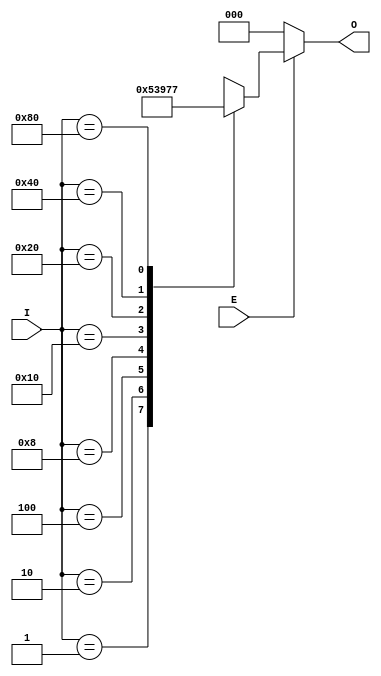
module OctalToBinaryEncoder (
    input wire [7:0] I,  // Input lines I0 to I7
    input wire E,        // Enable signal
    output reg [2:0] O   // Outputs O2, O1, O0
);

    always @(*) begin
        if (!E) begin
            // When enable is low, set output to a defined state
            O = 3'b000; // You can modify this as needed
        end else begin
            case (I)
                8'b00000001: O = 3'b000; // I0
                8'b00000010: O = 3'b001; // I1
                8'b00000100: O = 3'b010; // I2
                8'b00001000: O = 3'b011; // I3
                8'b00010000: O = 3'b100; // I4
                8'b00100000: O = 3'b101; // I5
                8'b01000000: O = 3'b110; // I6
                8'b10000000: O = 3'b111; // I7
                default:     O = 3'bxxx;  // Undefined state for multiple inputs
            endcase
        end
    end

endmodule